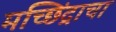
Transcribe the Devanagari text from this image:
मच्छिंद्राचा